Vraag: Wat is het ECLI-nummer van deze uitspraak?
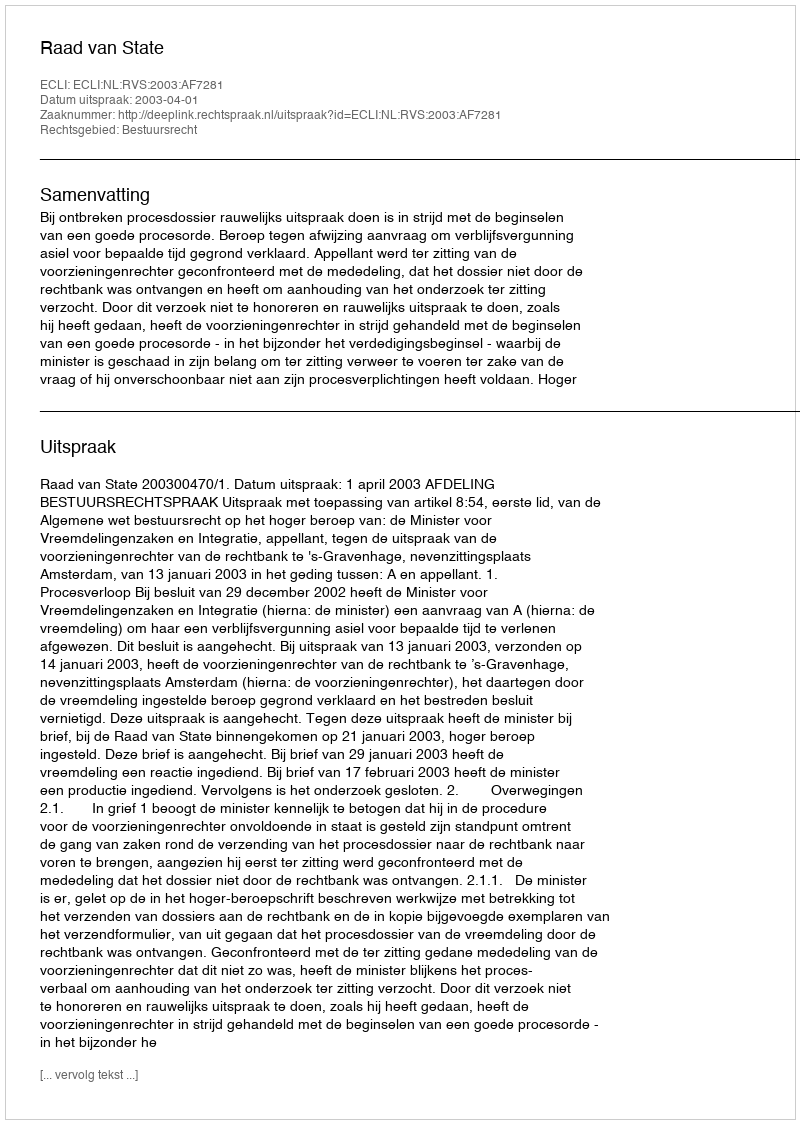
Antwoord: ECLI:NL:RVS:2003:AF7281